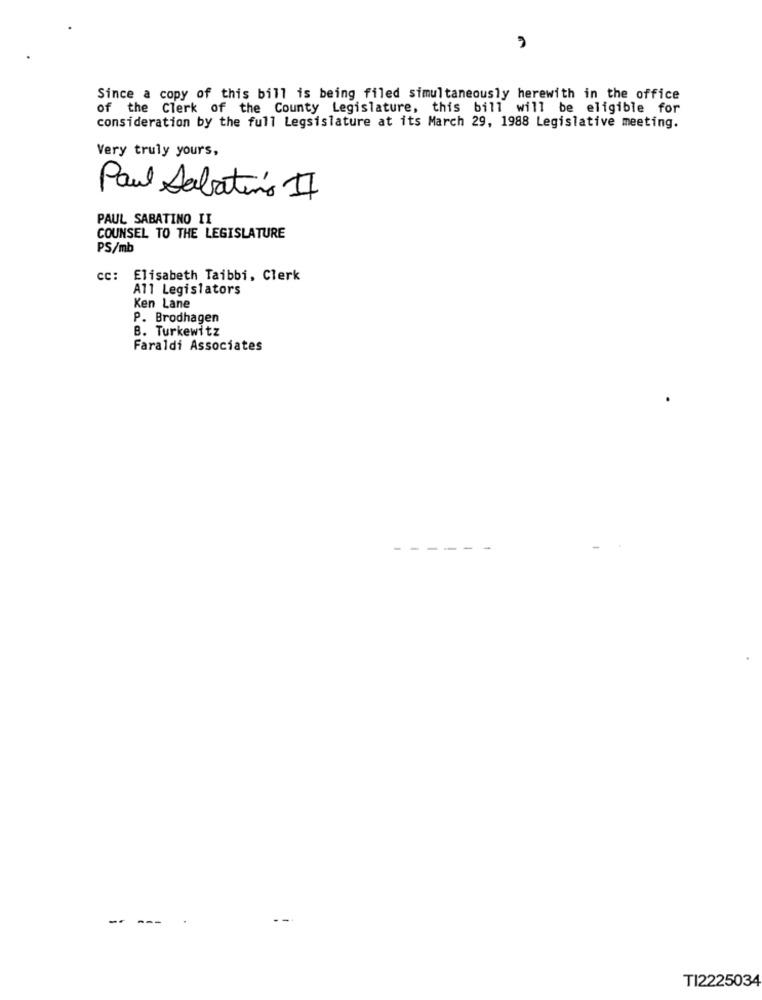
Since a copy of this bill is being filed simultaneously herewith in the office
of the Clerk of the County Legislature, this bill will be eligible for
consideration by the full Legsislature at its March 29, 1988 Legislative meeting.
Very truly yours,
Paul Sabatino II
PAUL SABATINO II
COUNSEL TO THE LEGISLATURE
PS/mb
cc: Elisabeth Taibbi, Clerk
All Legislators
Ken Lane
P. Brodhagen
B. Turkewitz
Faraldi Associates
-
-- ---
TI2225034